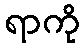
ရာကို